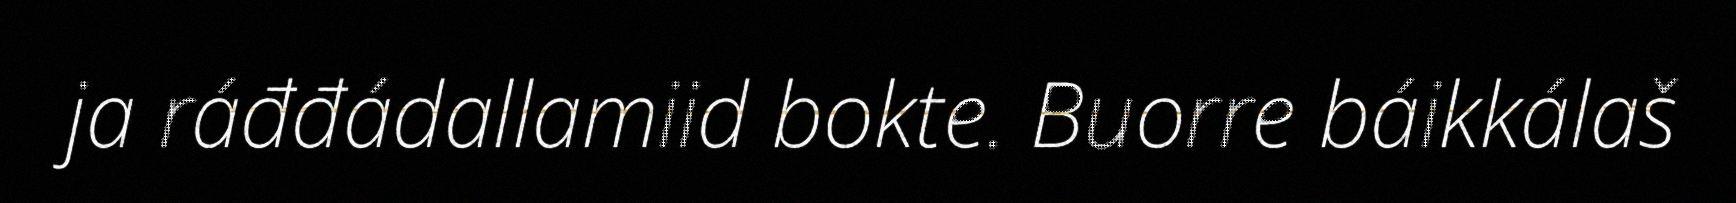
ja ráđđádallamiid bokte. Buorre báikkálaš